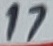
Text: 17